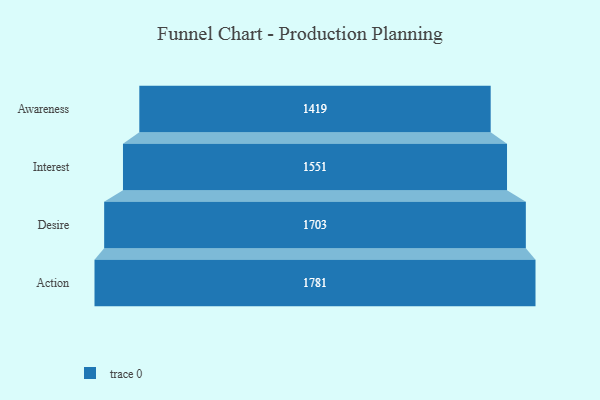
{"axis": {"x": "Stage", "y": "Value"}, "legend": [""], "data": [{"x": "Awareness", "y": 1419.0, "type": ""}, {"x": "Interest", "y": 1551.0, "type": ""}, {"x": "Desire", "y": 1703.0, "type": ""}, {"x": "Action", "y": 1781.0, "type": ""}]}